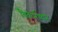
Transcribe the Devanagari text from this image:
विकर्मण्यन